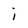
Character: i